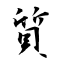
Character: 質